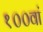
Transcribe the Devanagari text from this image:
१००वां